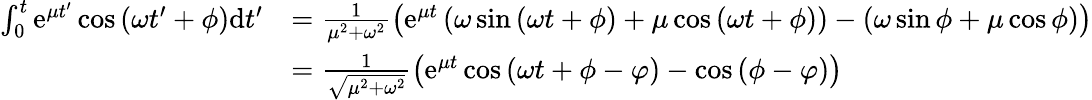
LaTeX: \begin{array}{rl}{\int_{0}^{t}\mathrm{e}^{\mu t^{\prime}}\cos\left(\omega t^{\prime}+\phi\right)\mathrm{d}t^{\prime}}&{=\frac{1}{\mu^{2}+\omega^{2}}\left(\mathrm{e}^{\mu t}\left(\omega\sin\left(\omega t+\phi\right)+\mu\cos\left(\omega t+\phi\right)\right)-\left(\omega\sin\phi+\mu\cos\phi\right)\right)}\\ &{=\frac{1}{\sqrt{\mu^{2}+\omega^{2}}}\left(\mathrm{e}^{\mu t}\cos\left(\omega t+\phi-\varphi\right)-\cos\left(\phi-\varphi\right)\right)}\end{array}